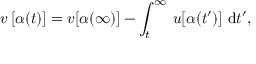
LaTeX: v \, [ \alpha ( t ) ] = v [ \alpha ( \infty ) ] - \int _ { t } ^ { \infty } \, u [ \alpha ( t ^ { \prime } ) ] \, \, \mathrm { d } t ^ { \prime } ,